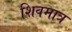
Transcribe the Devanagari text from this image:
शिवमात्र